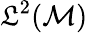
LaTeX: \mathfrak{L}^{2}(\mathcal{{M}})